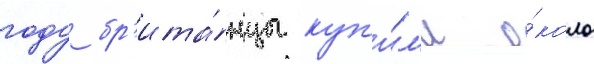
году бр'ита́нцы куп'и́л'и о́коло